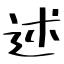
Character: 述